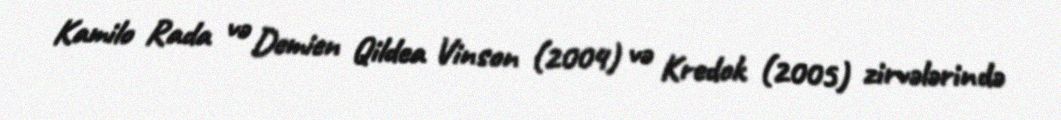
Kamilo Rada və Demien Qildea Vinson (2004) və Kredok (2005) zirvələrində